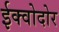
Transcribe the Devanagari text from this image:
ईक्वोदोर